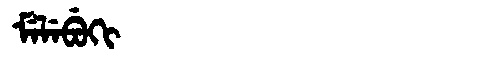
Manchu: ᠮᡝᠯᡝᠪᡠᡴᡳ
Romanization: MELEBUKI